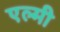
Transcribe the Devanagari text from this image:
एल्मी